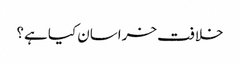
خلافت خراسان کیا ہے؟